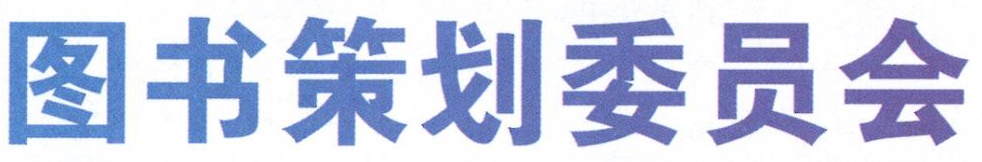
图书策划委员会